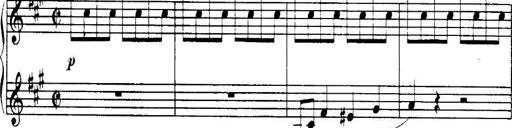
Title: 3 Sonatinas, Op.67
Composer: Jean Sibelius